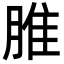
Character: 脽